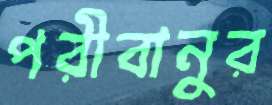
পরীবানুর